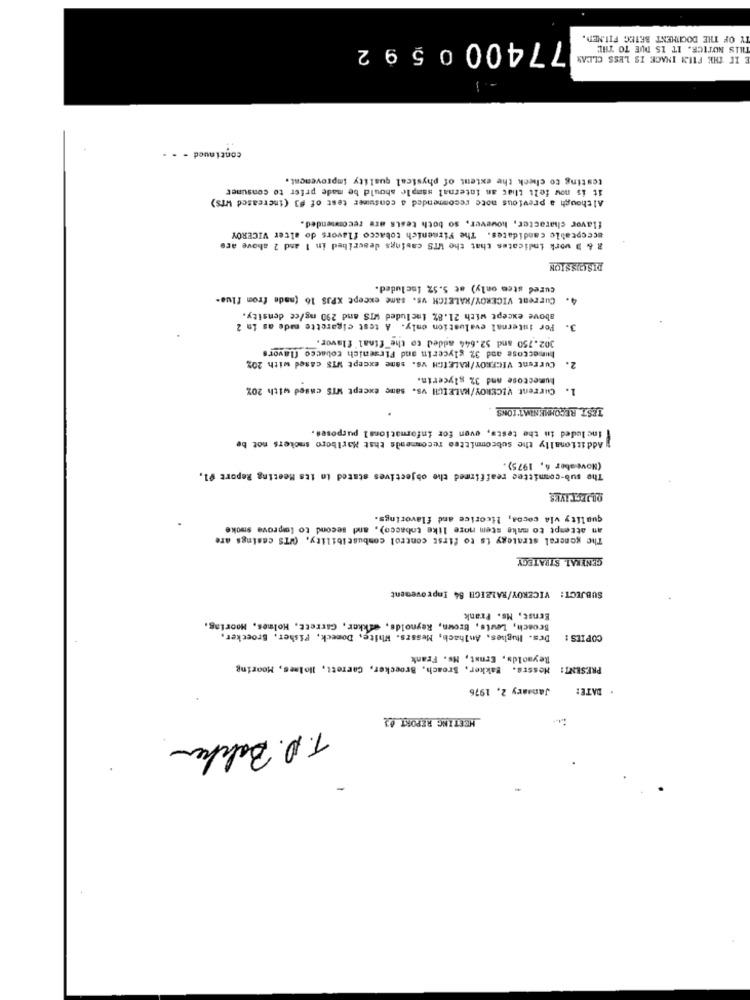
Y OF THE DOCITHENT BETEG FILMED.
774000592
THIS NOTICE. IT IS DUE TO THE
E IF THE FINN INACE IS LESS CLEAN
continued . . .
testing to check the extent of physical quality improvement.
it is now felt that an internal sample should be made prior to consumer
Although a previous note recommended a consumer test of #3 (increased WrS)
flavor character, however, so both tests are recommended.
acceptable candidates. The Firmenich tobacco flavors do alter VICEROY
R & D work indicates that the UTS casings described in 1 and 2 above are
DISCUSSION
cured stem only) at 5.5% included.
Current VICEROY/RALEIGH vs. same except XPJS 16 (made from flue-
4.
above except with 21.8% included WIS and 290 mg/ce density.
For internal evaluation only. A test cigarette made as in 2
3.
302.750 and 52.644 added to the final flavor.
humeccose and 3% glycerin and Firaenich tobacco flavors
Current VICEROY/RALEIGH VS. same except WIS cased with 20%
2.
humeccose and 3% glycerin.
Current VICEROY/KALEICH vs. same except MTS cased with 20%
1.
TEST RECOMMENDATIONS
Included in the tests, even for informational purposes.
Additionally the subcommittee recommends that Marlboro smokers not be
(Noveaber 4, 1975).
The sub-committee reaffirmed the objectives stated in its Meeting Report #1,
DEJEST IVES
quality via cocoa, licorice and flavorings.
an attempt to make stem more like tobacco), and second to lowprove smoke
The general strategy is to first control combustibility. (WTS casings are
GENERAL, STRATEGY
SUBJECT: VICEROY/RALEIGH 84 Improvement
Ernst, Ms. Prank
Broach, Lewis, Brown, Reynolds, wikker, Garrett, Holmes, Mooring
Dr's. Hughes, Anlhach, Messrs. White, Domeck, Fisher, Broecker,
COPIES :
Reyaoldy, Ernst, Ms. Frank
Mossrs. Bakker, Broach, Broecker, Corrett, Holmes, Mooring
PRESENT:
January 2, 1976
DATE:
MEETING REPORT 02
T.P. Bakker